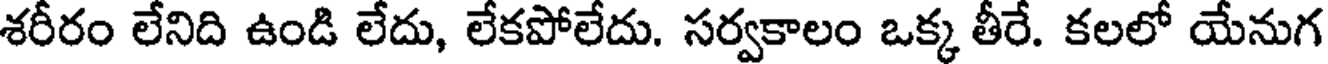
శరీరం లేనిది ఉండి లేదు, లేకపోలేదు. సర్వకాలం ఒక్క తీరే. కలలో యేనుగ